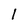
Character: l